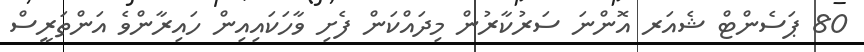
80 ޕަސެންޓް ޝެއަރ އޮންނަ ސަރުކާރުން މިދައްކަން ފެށި ވާހަކައިއިން ހައިރާންވެ އަންތަރީސް